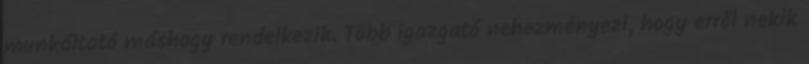
munkáltató máshogy rendelkezik. Több igazgató nehezményezi, hogy erről nekik